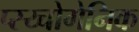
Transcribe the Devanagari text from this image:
प्स्य्चोगेनिक